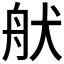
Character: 𦨚